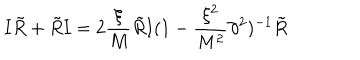
LaTeX: { \mathbf I } { \tilde { R } } + { \tilde { R } } { \mathbf I } = 2 \frac { \xi } { M } { \tilde { R } } { \mathbf I } ( 1 - \frac { \xi ^ { 2 } } { M ^ { 2 } } \partial ^ { 2 } ) ^ { - 1 } { \tilde { R } }